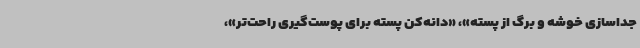
جداسازی خوشه و برگ از پسته»، «دانه‌کن پسته برای پوست‌گیری راحت‌تر»،